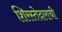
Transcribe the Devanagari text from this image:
शिरस्तेदाराची